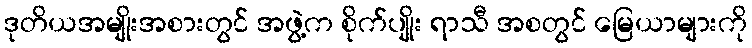
ဒုတိယအမျိုးအစားတွင် အဖွဲ့က စိုက်ပျိုး ရာသီ အစတွင် မြေယာများကို